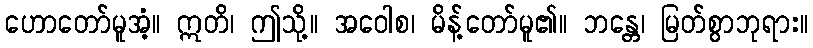
ဟောတော်မူအံ့။ ဣတိ၊ ဤသို့။ အဝေါစ၊ မိန့်တော်မူ၏။ ဘန္တေ၊ မြတ်စွာဘုရား။